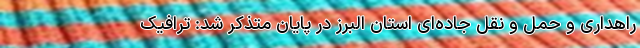
راهداری و حمل و نقل جاده‌ای استان البرز در پایان متذکر شد: ترافیک